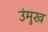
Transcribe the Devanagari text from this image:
उंमुख